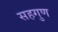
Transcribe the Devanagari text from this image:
सहगुण